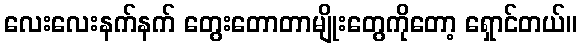
လေးလေးနက်နက် တွေးတောတာမျိုးတွေကိုတော့ ရှောင်တယ်။